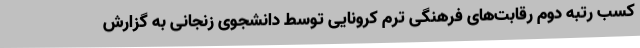
کسب رتبه دوم رقابت‌های فرهنگی ترم کرونایی توسط دانشجوی زنجانی به گزارش